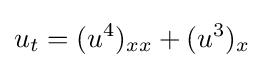
\displaystyle u_{t}=(u^{4})_{xx}+(u^{3})_{x}